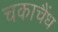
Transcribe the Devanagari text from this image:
चकाचैंध